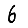
Digit: 6